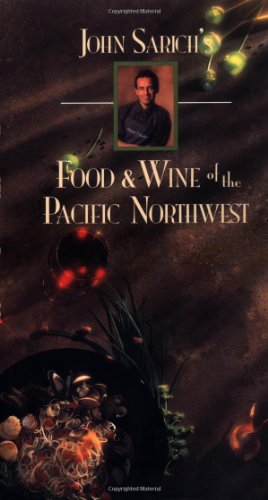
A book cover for John Sarich's Food and Wine of the Pacific Northwest; John Sarich; Cookbooks, Food & Wine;